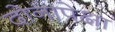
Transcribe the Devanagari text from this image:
दोनापेक्षा